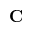
\mathbf C